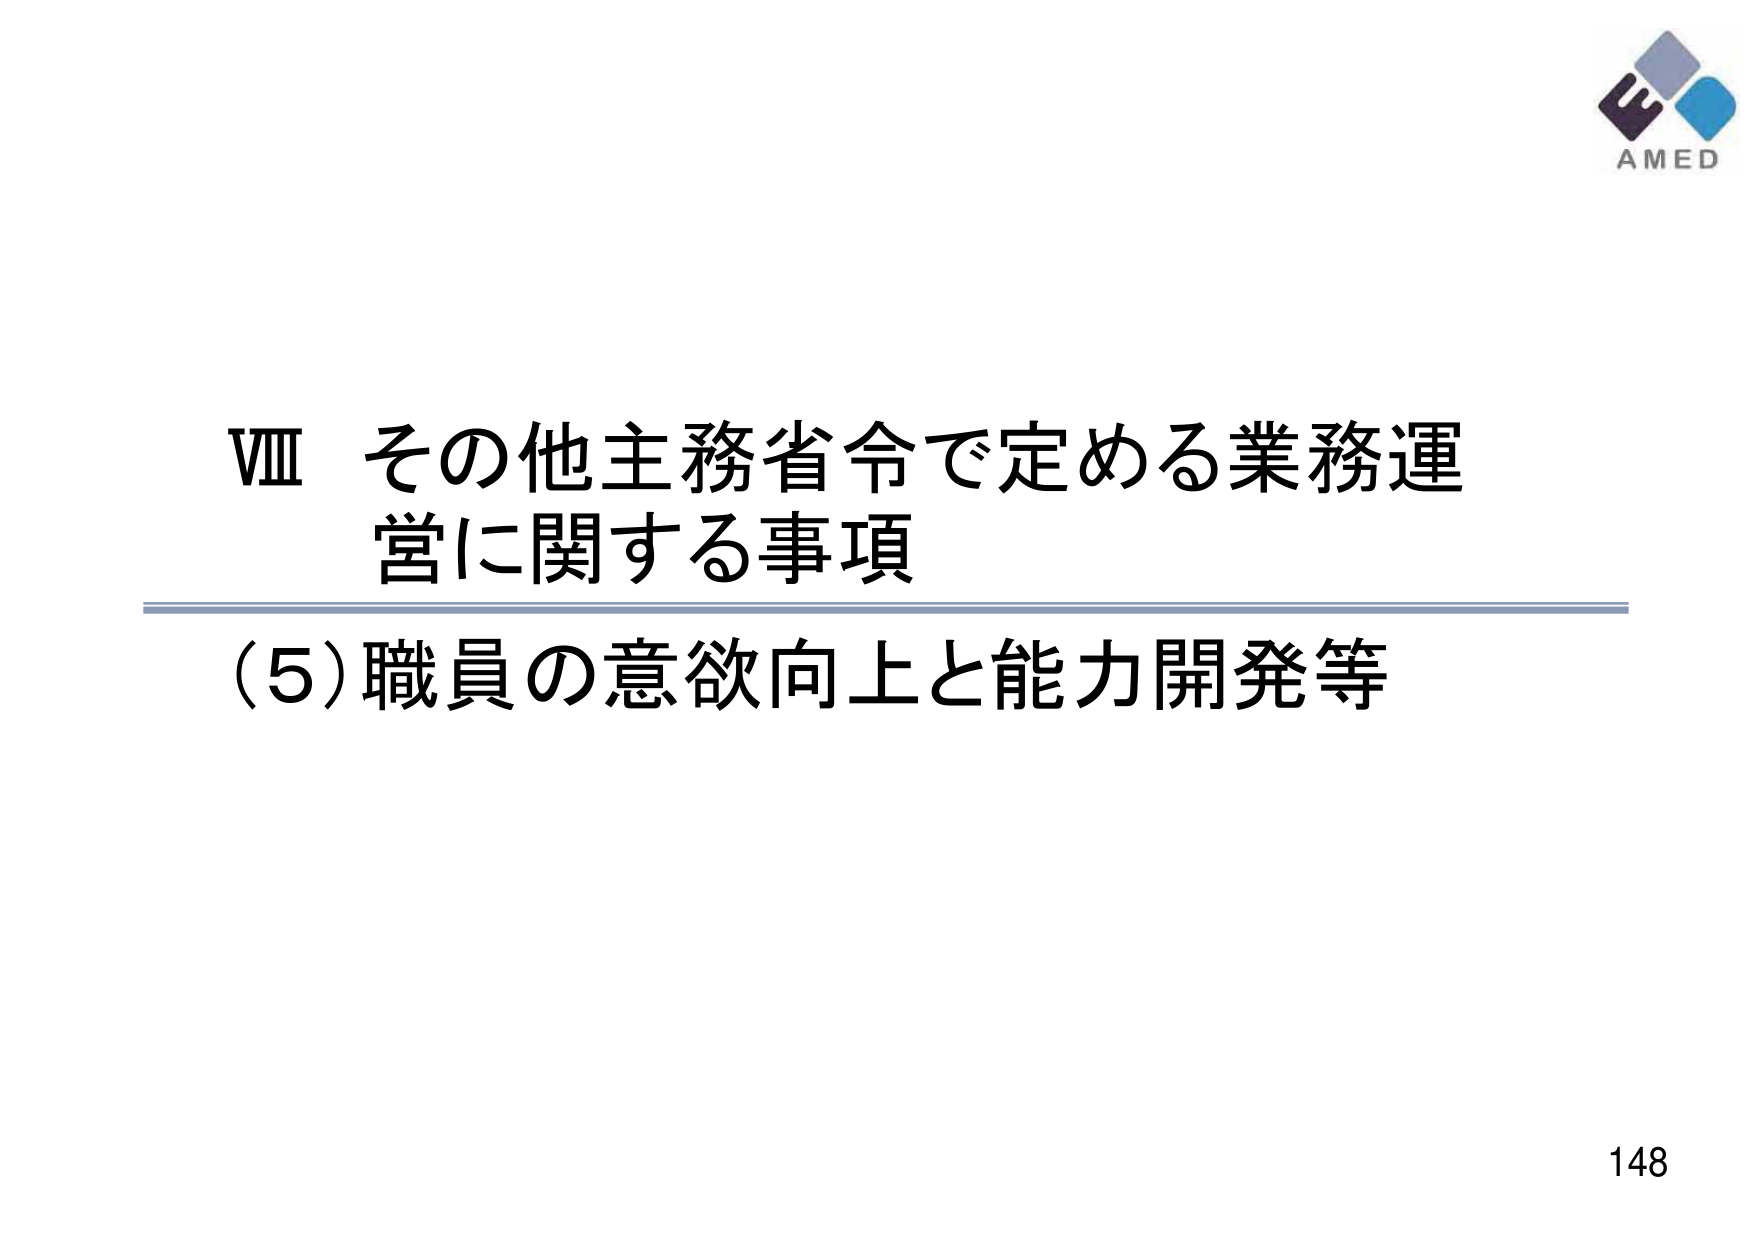
VIII その他主務省令で定める業務運営に関する事項
(5) 職員の意欲向上と能力開発等
AMED
148